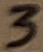
Text: 3